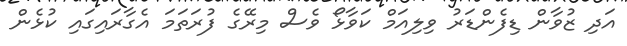
އަދި ޒުވާން ޑިފެންޑަރު ވިލިއަމް ކަވާޅޯ ވެސް މިރޭގެ ފުރަތަމަ އެގާރައިގައި ކުޅެން